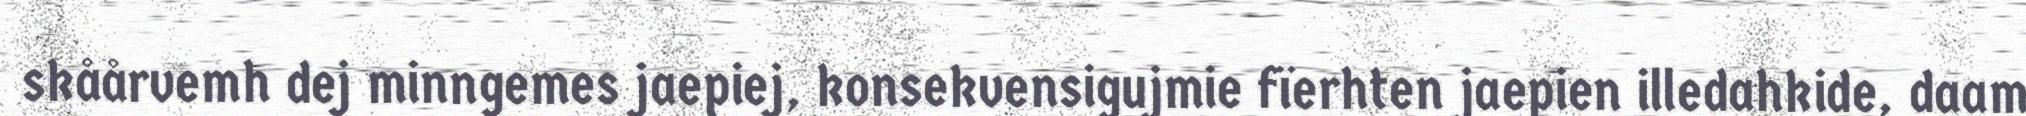
skåårvemh dej minngemes jaepiej, konsekvensigujmie fïerhten jaepien illedahkide, daam